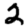
Digit: 2